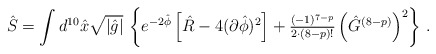
\begin{align*}\hat{S} = \int d^{10}\hat{x}\sqrt{|\hat{g}|}\,\left\{e^{-2\hat{\phi}}\left[ \hat{R} -4(\partial\hat{\phi})^{2}\right] +{\textstyle\frac{(-1)^{7-p}}{2\cdot (8-p)!}} \left(\hat{G}^{(8-p)}\right)^{2}\right\}\, .\end{align*}